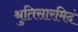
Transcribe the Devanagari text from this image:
श्रुतिसारमिदं